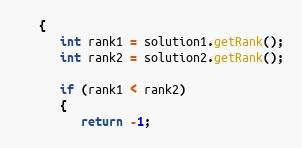
Language: Java
   {
      int rank1 = solution1.getRank();
      int rank2 = solution2.getRank();

      if (rank1 < rank2)
      {
         return -1;